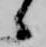
候